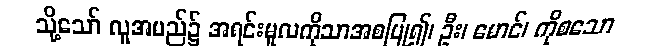
သို့သော် လူအမည်၌ အရင်းမူလကိုသာအစပြု၍၊ ဦး၊ မောင်၊ ကိုစသော